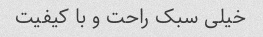
خیلی سبک راحت و با کیفیت